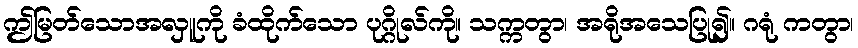
ဤမြတ်သောအလှူကို ခံထိုက်သော ပုဂ္ဂိုလ်ကို။ သက္ကတွာ၊ အရိုအသေပြု၍။ ဂရုံ ကတွာ၊